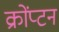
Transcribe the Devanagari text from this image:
क्रोंप्टन